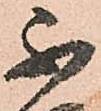
不